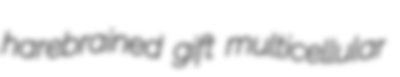
harebrained gift multicellular